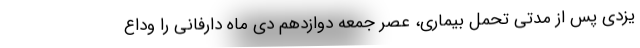
یزدی پس از مدتی تحمل بیماری، عصر جمعه دوازدهم دی ماه دارفانی را وداع